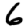
Digit: 6